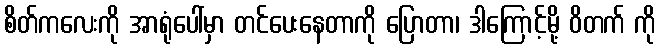
စိတ်ကလေးကို အာရုံပေါ်မှာ တင်ပေးနေတာကို ပြောတာ၊ ဒါကြောင့်မို့ ဝိတက် ကို